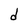
Character: d